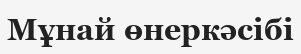
Мұнай өнеркәсібі